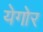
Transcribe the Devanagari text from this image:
येगोर